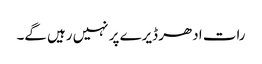
رات ادھر ڈیرے پر نہیں رہیں گے۔